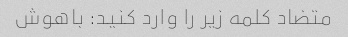
متضاد کلمه زیر را وارد کنید: باهوش